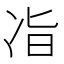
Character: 𫥉